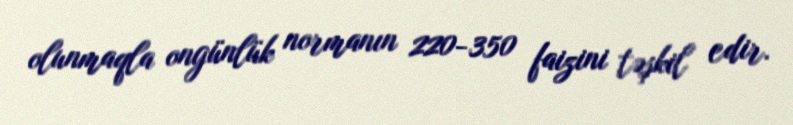
olunmaqla ongünlük normanın 220-350 faizini təşkil edir.